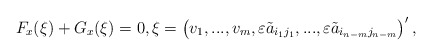
\begin{align*}F_x(\xi)+G_x(\xi) = 0,\xi=\left(v_1,...,v_m,\varepsilon\tilde a_{i_1 j_1},...,\varepsilon\tilde a_{i_{n-m} j_{n-m}}\right)',\end{align*}